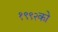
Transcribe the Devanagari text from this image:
१९९२को